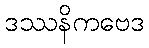
ဒဿနိကဗေဒ